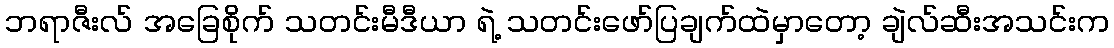
ဘရာဇီးလ် အခြေစိုက် သတင်းမီဒီယာ ရဲ့ သတင်းဖော်ပြချက်ထဲမှာတော့ ချဲလ်ဆီးအသင်းက